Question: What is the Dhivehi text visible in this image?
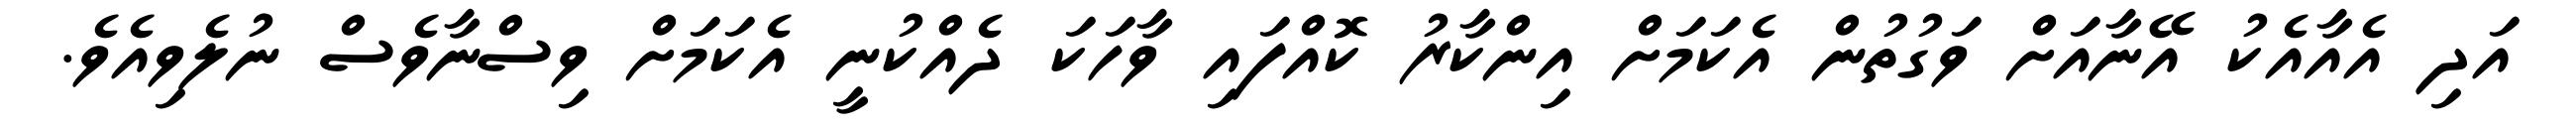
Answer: އަދި އެއާއެކު އޭނާއަށް ވަގުތުން އެކަމަށް އިންކާރު ކޮއްފައި ވާހަކަ ދެއްކުނީ އެކަމަށް ވިސްނާވެސް ނުލެވިއެވެ.